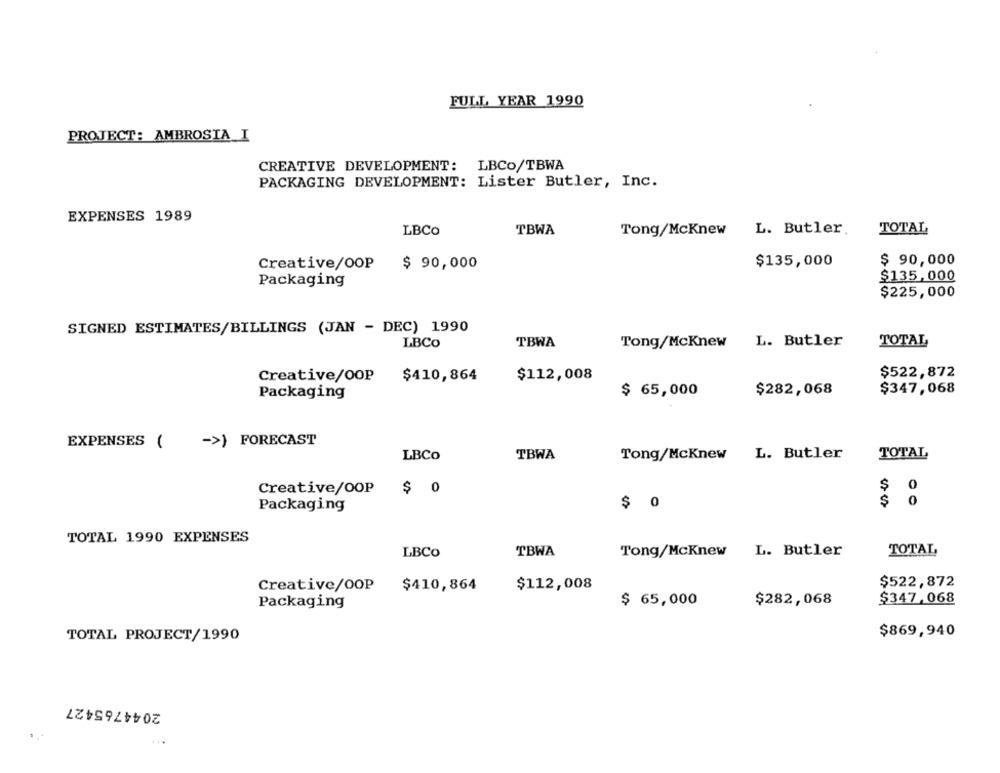
FULL YEAR 1990
PROJECT: AMBROSIA I
CREATIVE DEVELOPMENT: LBCO/TBWA
PACKAGING DEVELOPMENT: Lister Butler, Inc.
EXPENSES 1989
LBCo
TBWA
Tong/McKnew
L. Butler.
TOTAL
$135,000
$ 90,000
Creative/OOP
$ 90,000
$135,000
Packaging
$225,000
SIGNED ESTIMATES/BILLINGS (JAN - DEC) 1990
LBCo
TBWA
Tong/McKnew
L. Butler
TOTAL
Creative/OOP
$410,864
$112,008
$522,872
Packaging
$ 65,000
$282,068
$347,068
EXPENSES (
->) FORECAST
LBCO
TBWA
Tong/McKnew L. Butler
TOTAL
0
Creative/OOP
$ 0
$
$
0
Packaging
$ 0
TOTAL 1990 EXPENSES
LBCO
TBWA
Tong/McKnew L. Butler
TOTAL
Creative/OOP
$410,864
$112,008
$522,872
$ 65,000
$282,068
$347,068
Packaging
$869,940
TOTAL PROJECT/1990
2044765427